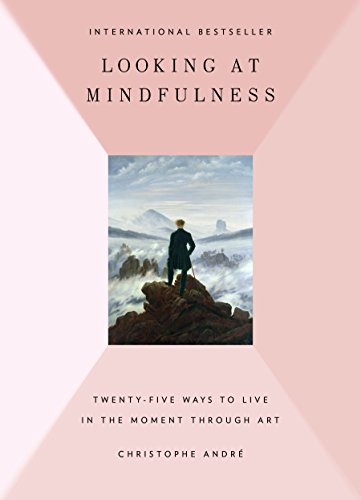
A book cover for Looking at Mindfulness: 25 Ways to Live in the Moment Through Art; Christophe Andre; Religion & Spirituality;